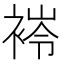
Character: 𧛎